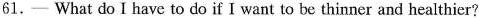
61.——What do I have to do if I want to be thinner and healthier?